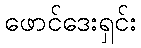
ဖောင်ဒေးရှင်း